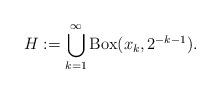
LaTeX: \begin{align*}H:=\bigcup_{k=1}^\infty {\rm Box}(x_k,2^{-k-1}).\end{align*}